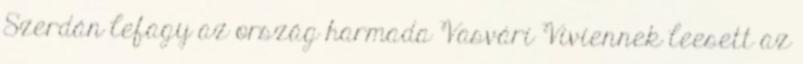
Szerdán lefagy az ország harmada Vasvári Viviennek leesett az